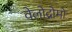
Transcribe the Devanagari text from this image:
वेलोद्रोमो